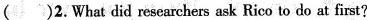
( )2.What did researchers ask Rico to do at first?